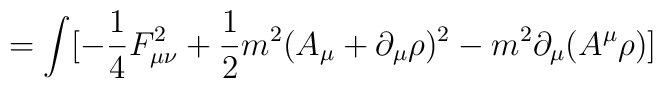
=\int[- \frac{1}{4}  F_{\mu\nu}^2+  \frac{1}{2}m^2   (A_\mu+\partial_\mu\rho)^2   -m^2 \partial_\mu(A^\mu\rho)]